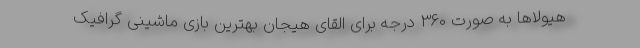
هیولاها به صورت 360 درجه برای القای هیجان بهترین بازی ماشینی گرافیک